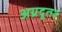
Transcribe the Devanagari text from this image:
अग्रदूत३